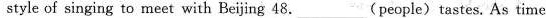
style of singing to meet with Beijing 48. ___ (people) tastes. As time